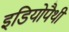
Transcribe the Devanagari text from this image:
इडियोपैथी